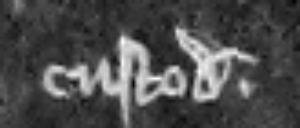
custodiantur.